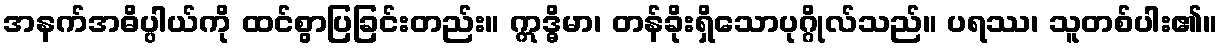
အနက်အဓိပ္ပါယ်ကို ထင်စွာပြခြင်းတည်း။ ဣဒ္ဓိမာ၊ တန်ခိုးရှိသောပုဂ္ဂိုလ်သည်။ ပရဿ၊ သူတစ်ပါး၏။